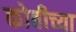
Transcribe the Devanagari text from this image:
कोबीच्या